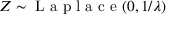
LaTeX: Z \sim { \textrm { L a p l a c e } } ( 0 , 1 / \lambda )